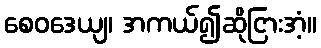
စေဝဒေယျ၊ အကယ်၍ဆိုငြားအံ့။